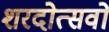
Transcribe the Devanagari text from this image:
शरदोत्सवों